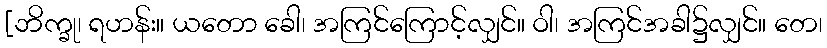
[ဘိက္ခု၊ ရဟန်း။ ယတော ခေါ၊ အကြင်ကြောင့်လျှင်။ ဝါ၊ အကြင်အခါ၌လျှင်။ တေ၊